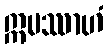
ဣမဿာဟံ